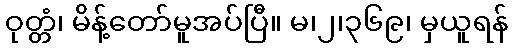
ဝုတ္တံ၊ မိန့်တော်မူအပ်ပြီ။ မ၊၂၊၃၆၉၊ မှယူရန်